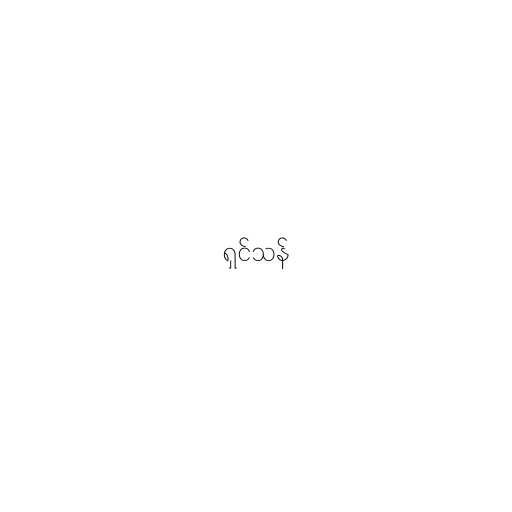
ရှင်သန်